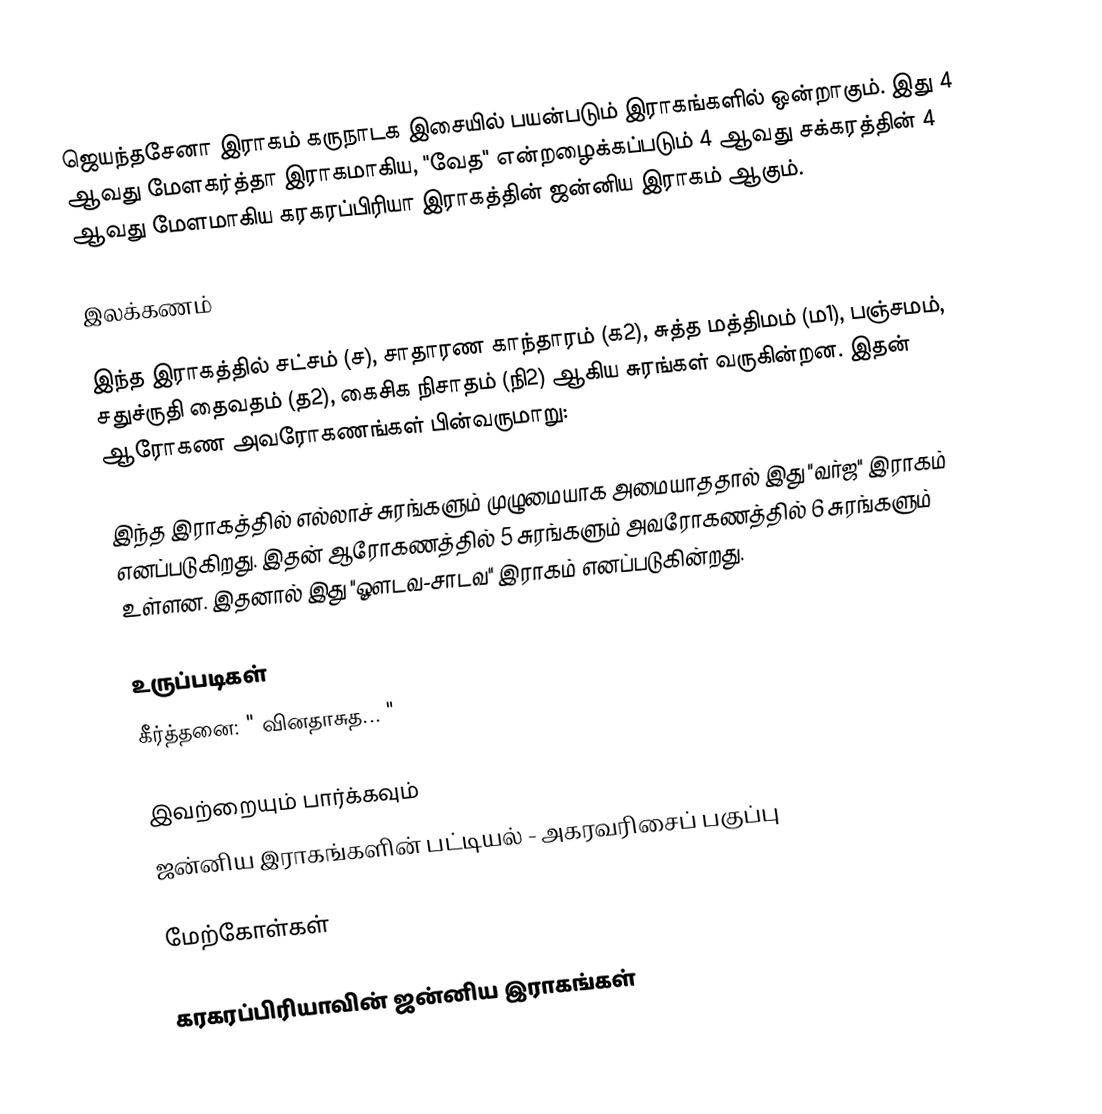
ஜெயந்தசேனா இராகம் கருநாடக இசையில் பயன்படும் இராகங்களில் ஒன்றாகும். இது 4 ஆவது மேளகர்த்தா இராகமாகிய, "வேத" என்றழைக்கப்படும் 4 ஆவது சக்கரத்தின் 4 ஆவது மேளமாகிய கரகரப்பிரியா இராகத்தின் ஜன்னிய இராகம் ஆகும்.

இலக்கணம்

இந்த இராகத்தில் சட்சம் (ச), சாதாரண காந்தாரம் (க2), சுத்த மத்திமம் (ம1), பஞ்சமம், சதுச்ருதி தைவதம் (த2), கைசிக நிசாதம் (நி2) ஆகிய சுரங்கள் வருகின்றன. இதன் ஆரோகண அவரோகணங்கள் பின்வருமாறு:

இந்த இராகத்தில் எல்லாச் சுரங்களும் முழுமையாக அமையாததால் இது "வர்ஜ" இராகம் எனப்படுகிறது. இதன் ஆரோகணத்தில் 5 சுரங்களும் அவரோகணத்தில் 6 சுரங்களும் உள்ளன. இதனால் இது "ஔடவ-சாடவ" இராகம் எனப்படுகின்றது.

உருப்படிகள்
 கீர்த்தனை: " வினதாசுத... "

இவற்றையும் பார்க்கவும்
 ஜன்னிய இராகங்களின் பட்டியல் - அகரவரிசைப் பகுப்பு

மேற்கோள்கள்

கரகரப்பிரியாவின் ஜன்னிய இராகங்கள்